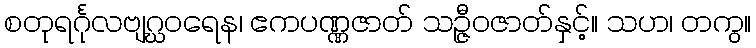
စတုရင်္ဂုလဗျဂ္ဃဝရေန၊ ဧကပဏ္ဏဇာတ် သဉ္ဇီဝဇာတ်နှင့်။ သဟ၊ တကွ။